Lunatic asylums Burma 1907-21 - 1907-1921
Year: 1907
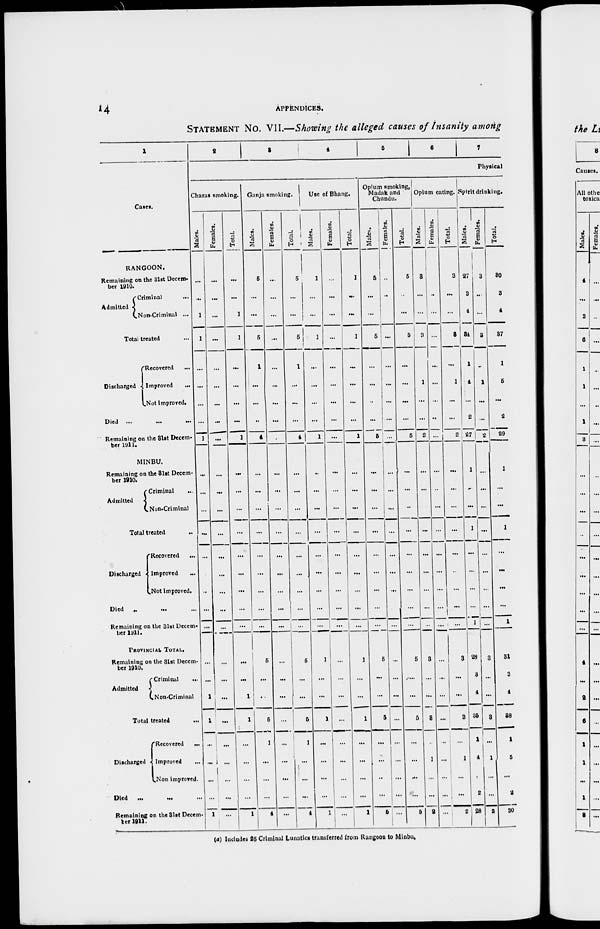
14
APPENDICES.
STATEMENT No. VII.—Showing the alleged causes of Insanity among
1
Cases.
RANGOON.
Remaining on the 31st Decem-
ber 1910.
Admitted
Criminal
...
Non-Criminal ...
Total treated ...
Discharged
Recovered ...
Improved
...
Not improved.
Died ...
...
...
Remaining on the 31st Decem-
ber 1911.
MINBU.
Remaining on the 31st Decem-
ber 1910.
Admitted
Criminal
Non-criminal
Total treated ...
Discharged
Recovered
...
Improved ...
Not improved.
Died
..
...
Remaining on the 31st Decem¬
ber 1911.
PROVINCIAL TOTAL.
Remaining on the 31st Decem-
ber 1910.
Admitted
Criminal ...
Non-Criminal ...
Total treated ...
Discharged
Recovered
...
Improved ...
Non improved.
Died ... ... ...
Remaining on the 31st Decem¬
ber 1911.
2
3
4
5
6
7
Physical
Charas smoking.
Males.
...
...
1
1
...
...
...
...
1
...
...
...
...
...
...
...
...
...
...
...
1
1
...
...
...
...
1
Females.
...
...
...
...
...
...
...
...
...
...
...
...
...
...
...
...
...
...
...
...
...
...
...
...
...
...
...
Total.
...
...
1
1
...
...
...
...
1
...
...
...
...
...
...
...
...
...
...
...
1
1
...
...
...
...
1
Ganja smoking.
Males.
5
...
...
5
1
...
...
...
4
...
...
...
...
...
...
...
...
...
5
...
...
5
1
...
...
...
4
Females.
...
...
...
...
...
...
...
...
...
...
...
...
...
...
...
...
...
...
...
...
...
...
...
...
...
...
...
Total.
5
...
...
5
1
...
...
...
4
...
...
...
...
...
...
...
...
...
5
...
...
5
1
...
...
...
4
Use of Bhang.
Males.
1
...
...
1
...
...
...
...
1
...
...
...
...
...
...
...
...
...
1
...
...
1
...
...
...
...
1
Females.
...
...
...
...
...
...
...
...
...
...
...
...
...
...
...
...
...
...
...
...
...
...
...
...
...
...
...
Total.
1
...
...
1
...
...
...
...
1
...
...
...
...
...
...
...
...
...
1
...
...
1
...
...
...
...
1
Opium smoking,
Madak and
Chandu.
Males.
5
...
...
5
...
...
...
...
5
...
...
...
...
...
...
...
...
...
5
...
...
5
...
...
...
...
5
Females.
...
...
...
...
...
...
...
...
...
...
...
...
...
...
...
...
...
...
...
...
...
...
...
...
...
...
...
Total.
5
...
...
5
...
...
...
...
5
...
...
...
...
...
...
...
...
...
5
...
...
5
...
...
...
...
5
Opium eating.
Males.
3
...
...
3
...
1
...
...
2
...
...
...
...
...
...
...
...
...
3
...
...
3
...
1
...
...
2
Females.
...
...
...
...
...
...
...
...
...
...
...
...
...
...
...
...
...
...
...
...
...
...
...
...
...
...
...
Total.
3
...
...
3
...
1
...
...
2
...
...
...
...
...
...
...
...
...
3
...
...
3
...
1
...
...
2
Spirit drinking.
Males.
27
3
4
34
1
1
...
2
27
1
...
...
1
...
...
...
...
1
28
3
4
35
1
4
...
2
28
Females.
3
...
...
3
...
1
...
...
2
...
...
...
...
...
...
...
...
...
3
...
...
3
...
1
...
...
2
Total.
30
3
4
37
1
5
...
2
29
1
...
...
1
...
...
...
...
1
31
3
4
38
1
5
...
2
30
(4) Includes 25 Criminal Lunatics transferred from Rangoon to Minbu.